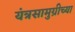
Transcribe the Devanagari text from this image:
यंत्रसामुग्रीच्या